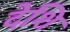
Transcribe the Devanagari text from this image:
देशि